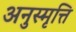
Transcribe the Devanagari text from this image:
अनुस्मृत्ति